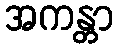
အကန္တာ